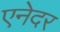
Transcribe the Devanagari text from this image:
एनेदर